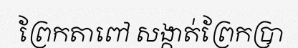
ព្រែកតាពៅ សង្កាត់ព្រែកប្រា